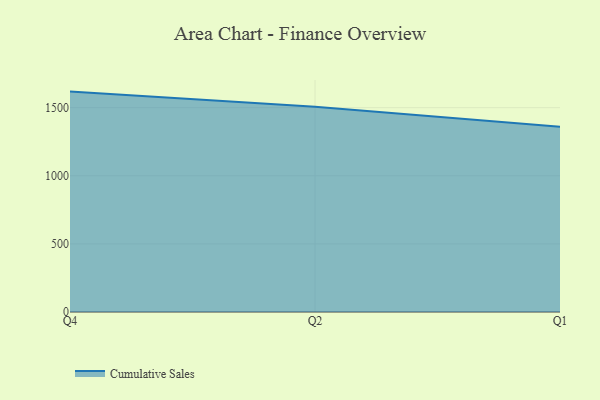
{"axis": {"x": "Quarter", "y": "Gross Profit (USD K)"}, "legend": ["Cumulative Sales"], "data": [{"x": "Q4", "y": 1618.0, "type": "Cumulative Sales"}, {"x": "Q2", "y": 1506.3, "type": "Cumulative Sales"}, {"x": "Q1", "y": 1360.7, "type": "Cumulative Sales"}]}